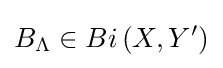
B_{\Lambda }\in Bi\left(X,Y'\right)